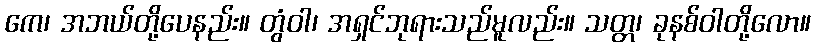
ကေ၊ အဘယ်တို့ပေနည်း။ တွံဝါ၊ အရှင်ဘုရားသည်မူလည်း။ သတ္တ၊ ခုနစ်ဝါတို့လော။